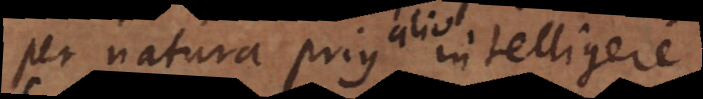
per natura prius intelligere,